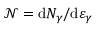
\mathcal { N } = \mathrm { d } N _ { \gamma } / \mathrm { d } \varepsilon _ { \gamma }